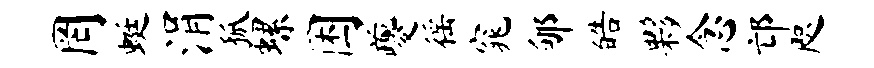
罔蜓涓狐螺困夔徭窕郇皓夥念邙咫